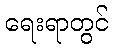
ရေးရာတွင်